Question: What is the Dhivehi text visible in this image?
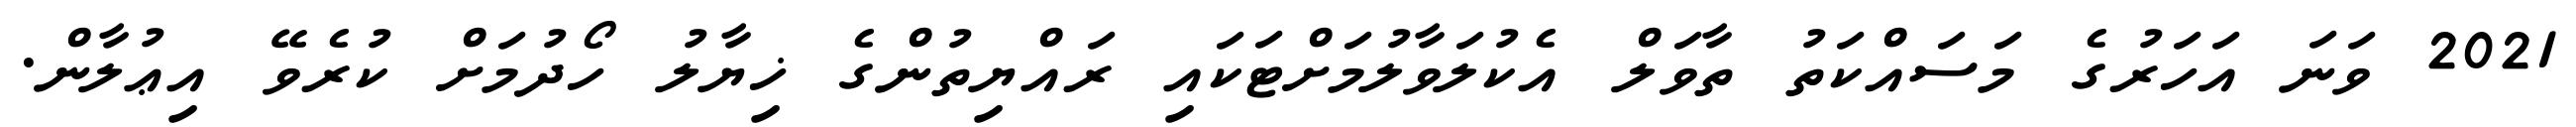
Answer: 2021 ވަނަ އަހަރުގެ މަސައްކަތު ތާވަލް އެކުލަވާލުމަށްޓަކައި ރައްޔިތުންގެ ޚިޔާލު ހޯދުމަށް ކުރެވޭ އިޢުލާން.